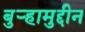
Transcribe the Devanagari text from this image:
बुऱ्हामुद्दीन